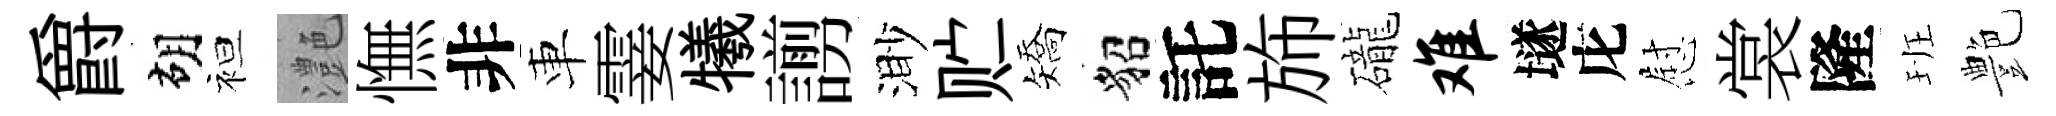
爵胡袒灔憮非車霎犧謭渺贮矯貂託斾礲难𡑞庀慰裳隆班艶